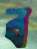
ব